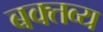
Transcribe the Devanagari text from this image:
बक्तव्य